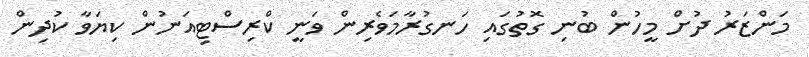
މަންޒަރު ދުށް މީހުން ބުނި ގޮތުގައި ހަނގުރާމަވެރިން ވަނީ ކްރިސްޓިއަނުން ކިޔަވާ ކުދިން